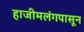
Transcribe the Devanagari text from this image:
हाजीमलंगपासून